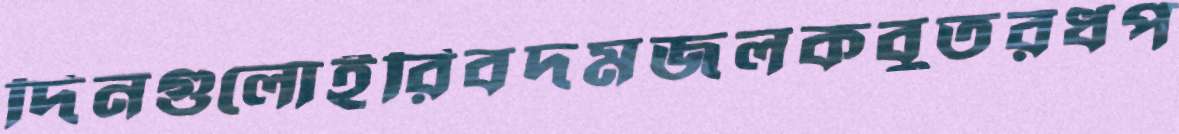
দিনগুলোইরিবদমজলকবুতরধপ